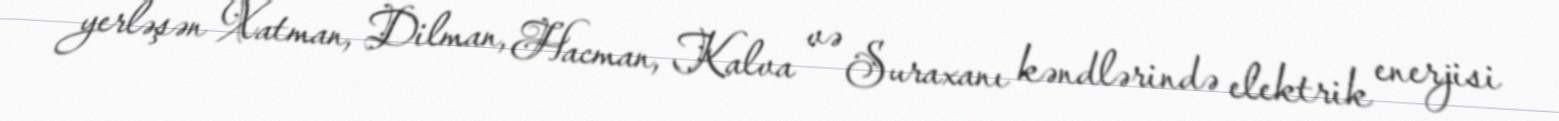
yerləşən Xatman, Dilman, Hacman, Kalva və Suraxanı kəndlərində elektrik enerjisi